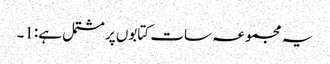
یہ مجموعہ سات کتابوں پر مشتمل ہے:1۔